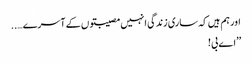
اور ہم ہیں کہ ساری زندگی انہیں مصیبتوں کے آسرے…..
’’اے بی!